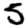
Digit: 5